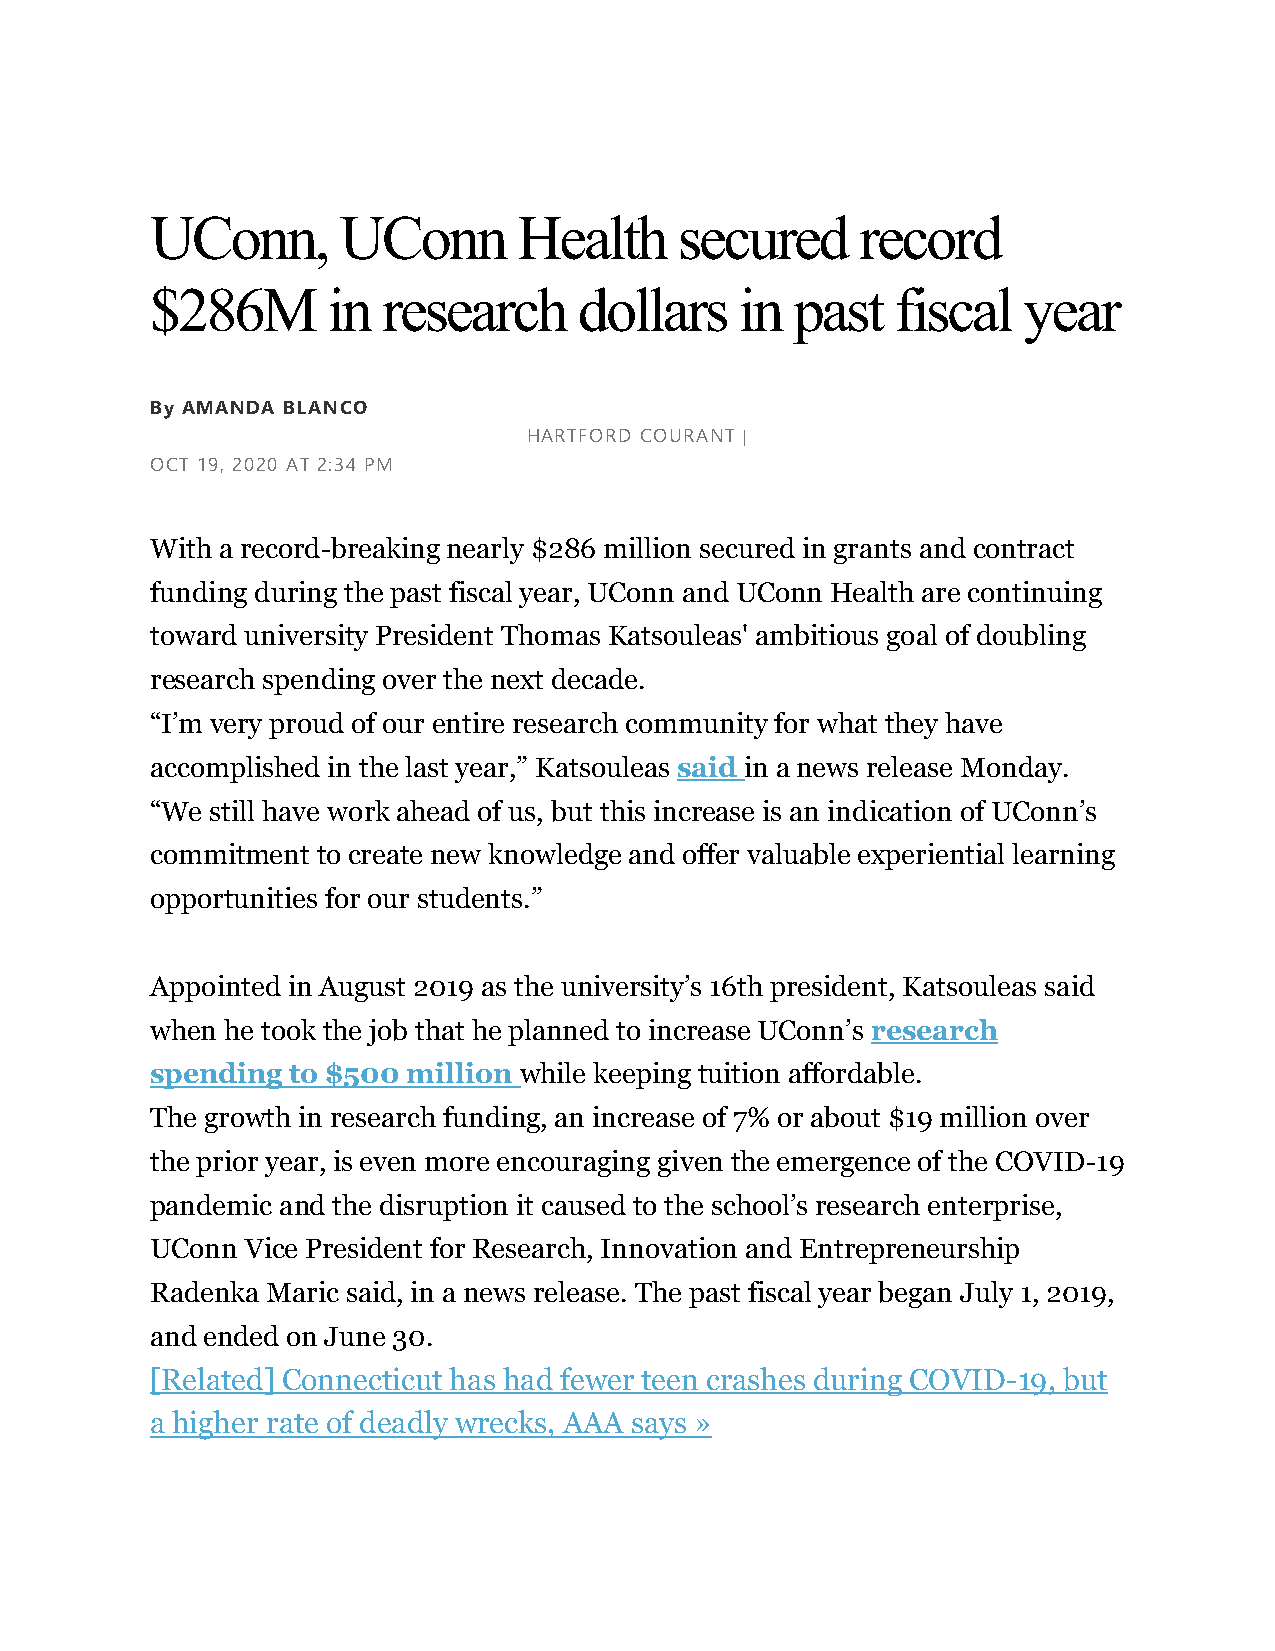
UConn,      UConn       Health     secured     record
 $286M       in research     dollars    in  past  fiscal   year
 By AMANDA BLANCO
 HARTFORD COURANT |
 OCT 19, 2020 AT 2:34 PM
 With a record-breaking nearly $286 million secured in grants and contract
 funding during the past fiscal year, UConn and UConn Health are continuing
 toward university President Thomas Katsouleas' ambitious goal of doubling
 research spending over the next decade.
 “I’m very proud of our entire research community for what they have
 accomplished in the last year,” Katsouleas said in a news release Monday.
 “We still have work ahead of us, but this increase is an indication of UConn’s
 commitment to create new knowledge and offer valuable experiential learning
 opportunities for our students.”
 Appointed in August 2019 as the university’s 16th president, Katsouleas said
 when he took the job that he planned to increase UConn’s research
 spending to $500 million while keeping tuition affordable.
 The growth in research funding, an increase of 7% or about $19 million over
 the prior year, is even more encouraging given the emergence of the COVID-19
 pandemic and the disruption it caused to the school’s research enterprise,
 UConn Vice President for Research, Innovation and Entrepreneurship
 Radenka Maric said, in a news release. The past fiscal year began July 1, 2019,
 and ended on June 30.
 [Related] Connecticut has had fewer teen crashes during COVID-19, but
 a higher rate of deadly wrecks, AAA says »